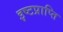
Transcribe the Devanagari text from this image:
इष्टप्राप्ति